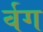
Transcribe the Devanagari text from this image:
र्वग